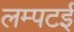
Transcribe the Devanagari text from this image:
लम्पटई